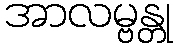
အာလမ္ဗန္တု